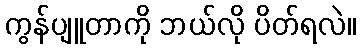
ကွန်ပျူတာကို ဘယ်လို ပိတ်ရလဲ။